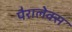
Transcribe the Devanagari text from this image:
पैरालेक्स